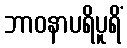
ဘာဝနာပရိပူရိံ